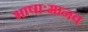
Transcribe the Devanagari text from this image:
भाषाःमानव